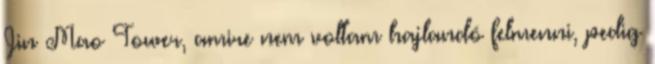
Jin Mao Tower, amire nem voltam hajlandó felmenni, pedig